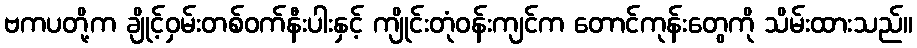
ဗကပတို့က ချိုင့်ဝှမ်းတစ်ဝက်နီးပါးနှင့် ကျိုင်းတုံဝန်းကျင်က တောင်ကုန်းတွေကို သိမ်းထားသည်။